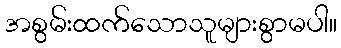
အစွမ်းထက်သောသူများစွာမပါ။